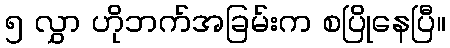
၅ လွှာ ဟိုဘက်အခြမ်းက စပြိုနေပြီ။